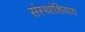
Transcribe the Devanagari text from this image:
संस्थांशिवाय